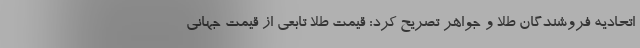
اتحادیه فروشندگان طلا و جواهر تصریح کرد: قیمت طلا تابعی از قیمت جهانی